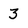
Character: 3